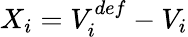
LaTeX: X_{i}=V_{i}^{def}-V_{i}